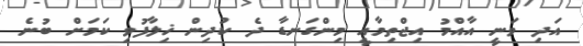
އަދި ވަނީ އާއްމު އިޖްތިމާއީ މިންގަނޑާ ދެ ކުދިން ޚިލާފުވި ކަމަށް ބުނެ